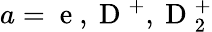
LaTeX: a={\mathrm{~e~},\mathrm{~D~}^{+},\mathrm{~D~}_{2}^{+}}